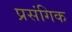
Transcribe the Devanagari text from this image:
प्रसंगिक